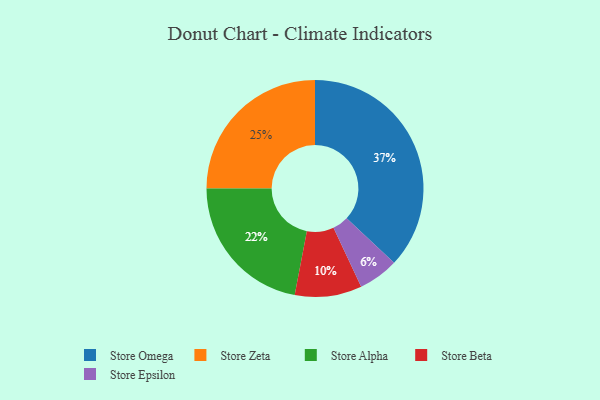
{"axis": {"x": "Category", "y": "Percentage"}, "legend": ["Store Alpha", "Store Beta", "Store Epsilon", "Store Omega", "Store Zeta"], "data": [{"x": "Store Alpha", "y": 22, "type": "Store Alpha"}, {"x": "Store Epsilon", "y": 6, "type": "Store Epsilon"}, {"x": "Store Beta", "y": 10, "type": "Store Beta"}, {"x": "Store Zeta", "y": 25, "type": "Store Zeta"}, {"x": "Store Omega", "y": 37, "type": "Store Omega"}]}